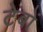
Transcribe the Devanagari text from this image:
टेबों